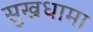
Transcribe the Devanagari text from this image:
सुखधामा